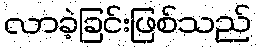
လာခဲ့ခြင်းဖြစ်သည်